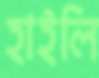
হাইলি